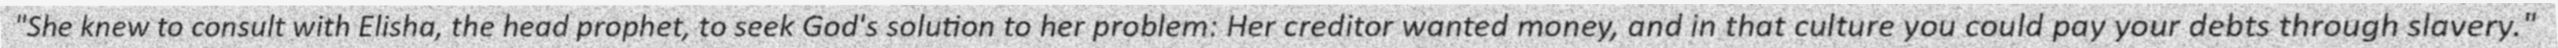
"She knew to consult with Elisha, the head prophet, to seek God's solution to her problem: Her creditor wanted money, and in that culture you could pay your debts through slavery."